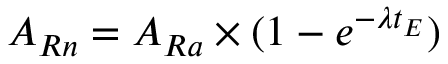
A _ { R n } = A _ { R a } \times ( 1 - e ^ { - \lambda t _ { E } } )